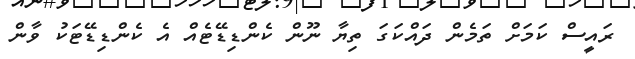
ރައީސް ކަމަށް ތަމެން ދައްކަގަ ތިޔާ ނޫން ކެންޑިޑޭޓެއް އެ ކެންޑިޑޭޓަކު ވާން